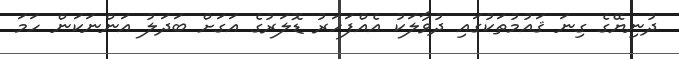
ދުނިޔޭގެ ގިނަ ޤައުމުތަކުގައި ދުވާލަކު އެއްފަހަރު ޑޮލަރުގެ އަގަށް ބަދަލު އަންނަކަން ހަމަ